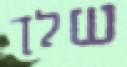
שלך